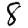
Digit: 8